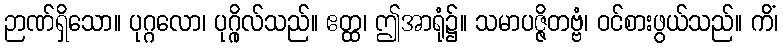
ဉာဏ်ရှိသော။ ပုဂ္ဂလော၊ ပုဂ္ဂိုလ်သည်။ ဧတ္ထ၊ ဤအာရုံ၌။ သမာပဇ္ဇိတဗ္ဗံ၊ ဝင်စားဖွယ်သည်။ ကိံ၊